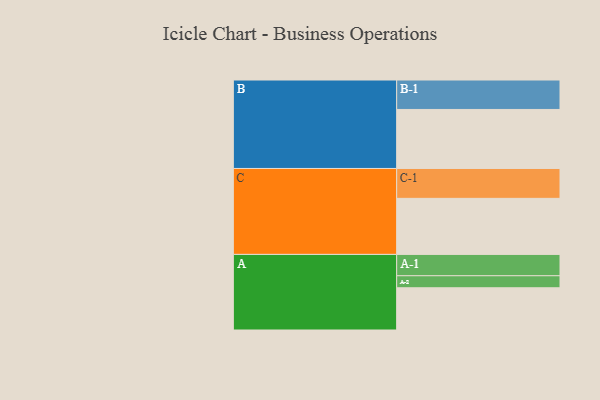
{"axis": {"x": "Segment", "y": "Value"}, "legend": ["", "A", "B", "C"], "data": [{"x": "A", "y": 400, "type": ""}, {"x": "B", "y": 559, "type": ""}, {"x": "C", "y": 531, "type": ""}, {"x": "A-1", "y": 202, "type": "A"}, {"x": "A-2", "y": 114, "type": "A"}, {"x": "B-1", "y": 279, "type": "B"}, {"x": "C-1", "y": 283, "type": "C"}]}